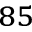
^ { 8 5 }